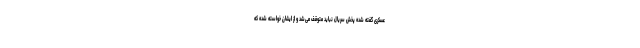
عسکری گفته شده پخش سریال نباید متوقف می‌شد و از ایشان خواسته شده که